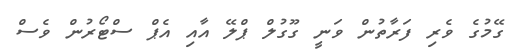
ގޭމުގެ ވެރި ފަރާތުން ވަނީ ގޫގުލް ޕްލޭ އާއި އެޕް ސްޓޯރުން ވެސް